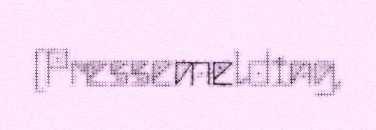
[Pressemelding,